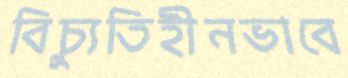
বিচ্যুতিহীনভাবে